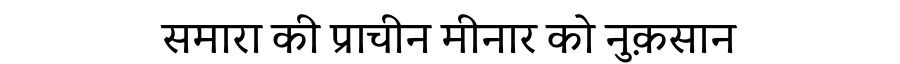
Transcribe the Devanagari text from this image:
समारा की प्राचीन मीनार को नुक़सान